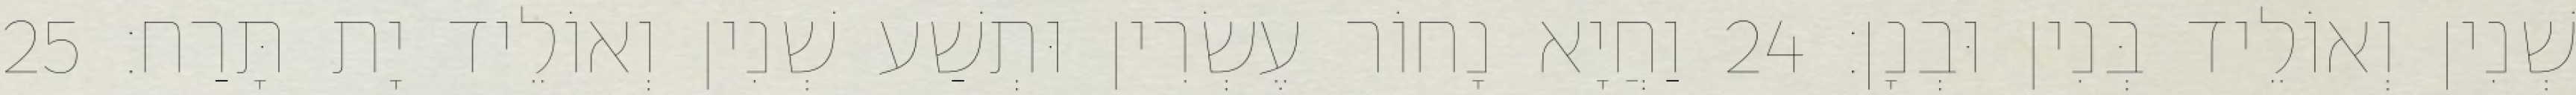
שְׁנִין וְאוֹלֵיד בְּנִין וּבְנָן׃ 24 וַחֲיָא נָחוֹר עֶשְׂרִין וּתְשַׁע שְׁנִין וְאוֹלֵיד יָת תָּרַח׃ 25